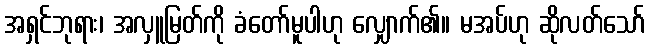
အရှင်ဘုရား၊ အလှူမြတ်ကို ခံတော်မူပါဟု လျှောက်၏။ မအပ်ဟု ဆိုလတ်သော်